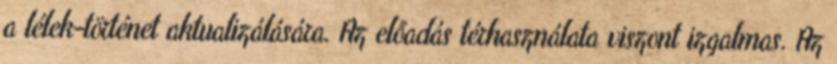
a lélek-történet aktualizálására. Az előadás térhasználata viszont izgalmas. Az